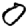
Digit: 0